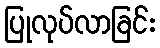
ပြုလုပ်လာခြင်း